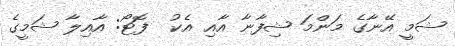
ޝަމީ އޭނާގެ މަންމަ ޝިފާނާ އާއި އެކު  ފޮޓޯ: އާއިލާ ޝަމީގެ